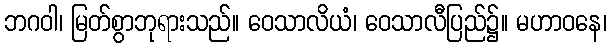
ဘဂဝါ၊ မြတ်စွာဘုရားသည်။ ဝေသာလိယံ၊ ဝေသာလီပြည်၌။ မဟာဝနေ၊